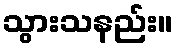
သွားသနည်း။